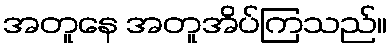
အတူနေ အတူအိပ်ကြသည်။